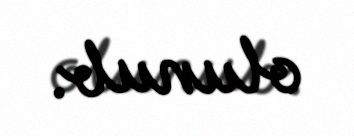
olunub.